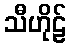
သီဟိုဠ်